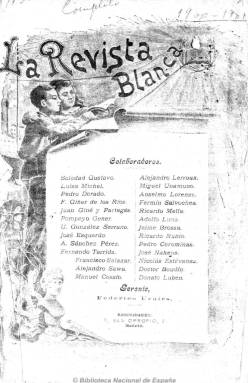
Título: La Revista blanca (Madrid)
Colección: Anarquismo
Ámbito geográfico: Madrid
Lugar de publicación: Sardañola, Barcelona
Fechas: 01/07/1900-30/07/1936

Una de las principales revistas teóricas del movimiento libertario y anarquista español. Nace en Madrid en el contexto de la desaparición del periódico El progreso, órgano del partido progresista republicano, que dirigía Alejandro Leorrux, y en su campaña a favor de los presos encarcelados en Montjuich, en pleno vigor de las leyes represivas contra el anarquismo. Juan Montseny –‘Federico Urales’-, quien tras ser encarcelado y desterrado, regresa clandestinamente de Londres a España, funda esta publicación, junto a su mujer, Teresa Mañé –‘Soledad Gustavo’, que será quien, como propietaria-directora, solicitará la autorización de edición ante la administración. En su estratagema para poder ser aceptada, también serán incluidos entre sus colaboradores en su primera época al propio Alejandro Lerroux, Francisco Giner de los Ríos, Miguel de Unamuno, Pedro Dorado, Joaquín Costa, Leopoldo Alas, Gumersindo Azácrate o Manuel Cossío, entre otros.

“Sociología, ciencia y arte” será su subtítulo, y publicará artículos teóricos y doctrinales y crónicas de estas materias, así como sobre el anarquismo y el movimiento y activismo obrero y libertario, el internacionalismo y el librepensamiento, de literatura, historia, feminismo y actualidad política, una revista de periódicos y otras publicaciones, así como una “Sección libre’ o una ‘Tribuna del obrero’, tanto de alcance nacional como internacional. También traducciones, piezas de teatro y novelas como folletines tanto de autores anarquistas y libertarios como otros cuyas ideas le eran afines (Tolstoi, etc.).

Además de ‘Federico Urales’, que aparecerá después como gerente, y ‘Soledad Gustavo’, aparecerán textos de, entre otros muchos, Luisa Michel, Juan Ginés y Partagás, Pompeyo Gener, Fernando Torrida, Alejandro Sawa, Pedro Corominas, José Nakens, Donato Luben o Anselmo Lorenzo. Este último tendrá que tomar la dirección de la revista en 1904 ante la estratagema del ministro de la Gobernación, Juan de la Cierva, de desempolvar la norma jurídica que prohibía a las mujeres ser titulares de propiedades.

De periodicidad quincenal (aparecía los días 1 y 15 de cada mes) y 36 páginas por número, editará suplementos al objeto de alcanzar un público menos intelectualizado, como el subtitulado “eco de la acción internacional contra la guerra y la explotación”, y Tierra y libertad, desde 1899 a 1902, independizándose seguidamente este como “semanario ilustrado”.

Tras su desaparición en diciembre de 1905, reaparecerá de nuevo en junio de 1923, editándose primero en Sardañola y posteriormente en la ciudad condal. En esta segunda época una de sus principales plumas será Federica Montseny (1905-1994), hija de los fundadores y directores de la publicación, que durante la II República se convertirá en la primera ministra de un país de la Europa occidental. Sigue como publicación teórica y doctrinal y de pensamiento del sector radical anarquista y del movimiento libertario, con artículos sociológicos, históricos, filosóficos y de cuestiones de política, cultura, literatura y sindicalismo y de información internacional, a las que se suman materias como el naturalismo y el vegetarianismo. Su función propagandística, educativa y divulgadora y de difusora de la cultura, la ciencia, el arte y la literatura alcanzará su difusión principalmente en Cataluña, Levante y Andalucía. En esta época también publicará suplementos con el objetivo de ser más populares, como El luchador, que se publicará desde diciembre de 1930 hasta 1933, como “periódico de sátira, crítica, doctrina y combate”.

La revista blanca se convertirá, asimismo, en semanal desde 1933 y desaparecerá en agosto de 1936. Al final de cada tomo incluye índices. Véase también: Almanaque de La revista blanca (1903) y Almanaque de La revista blanca y Tierra y libertad (1904).